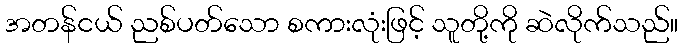
အတန်ငယ် ညစ်ပတ်သော စကားလုံးဖြင့် သူတို့ကို ဆဲလိုက်သည်။